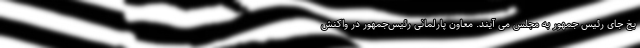
بخ جای رئیس جمهور به مجلس می آیند. معاون پارلمانی رئیس‌جمهور در واکنش